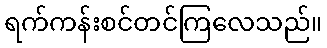
ရက်ကန်းစင်တင်ကြလေသည်။